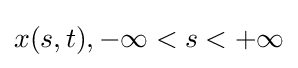
x(s,t),-\infty <s<+\infty